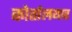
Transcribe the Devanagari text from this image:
कोर्तालयार